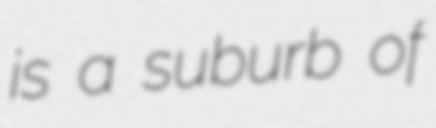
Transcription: is a suburb of